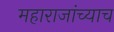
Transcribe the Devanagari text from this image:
महाराजांच्याच